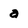
Character: a